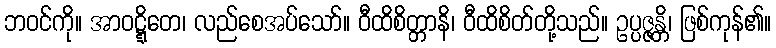
ဘဝင်ကို။ အာဝဋ္ဋိတေ၊ လည်စေအပ်သော်။ ဝီထိစိတ္တာနိ၊ ဝီထိစိတ်တို့သည်။ ဥပ္ပဇ္ဇန္တိ၊ ဖြစ်ကုန်၏။